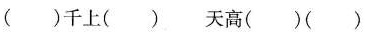
( 千上( ) 天高( )( )